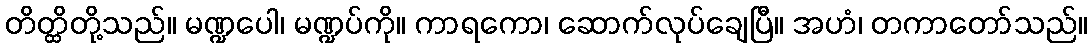
တိတ္ထိတို့သည်။ မဏ္ဍပေါ၊ မဏ္ဍပ်ကို။ ကာရကော၊ ဆောက်လုပ်ချေပြီ။ အဟံ၊ တကာတော်သည်။